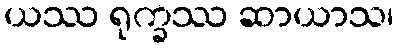
ယဿ ရုက္ခဿ ဆာယာသ၊